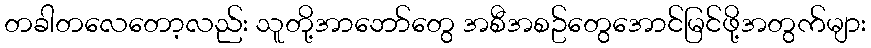
တခါတလေတော့လည်း သူတို့အာဘော်တွေ အစီအစဥ်တွေအောင်မြင်ဖို့အတွက်များ